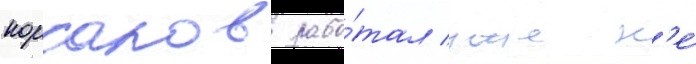
корсаков рабо́тал уже н'е́